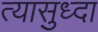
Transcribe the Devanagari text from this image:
त्यासुध्दा